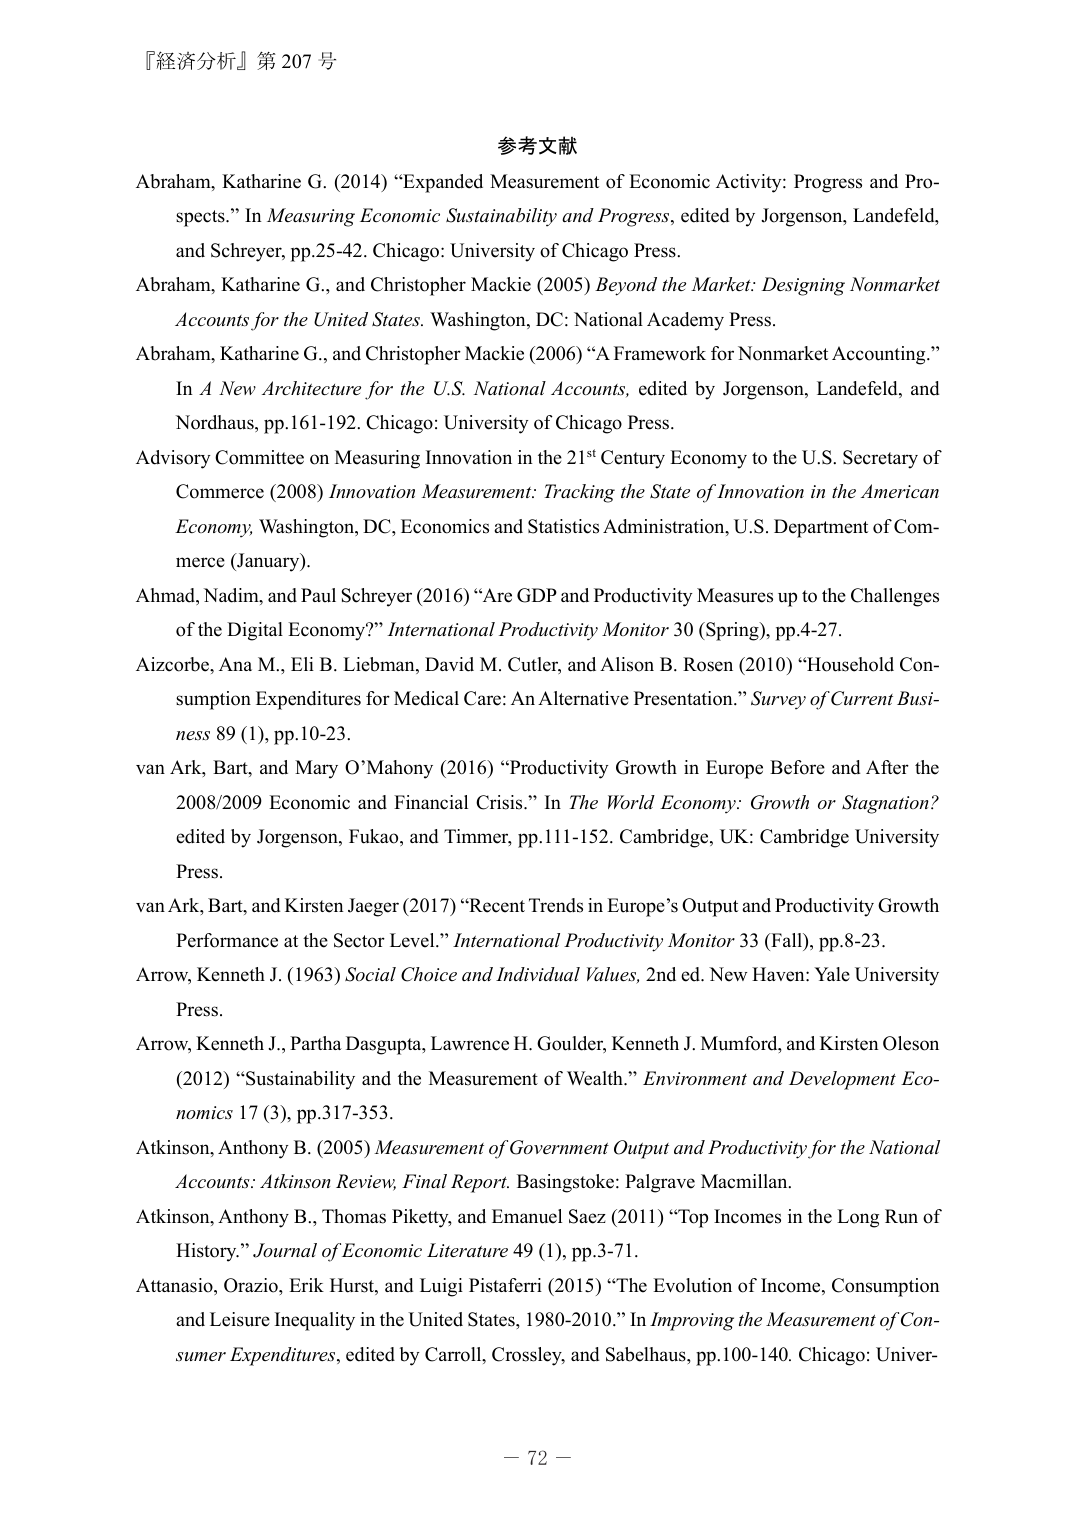
『経済分析』第 207 号

参考文献

Abraham, Katharine G. (2014) “Expanded Measurement of Economic Activity: Progress and Prospects.” In Measuring Economic Sustainability and Progress, edited by Jorgenson, Landefeld, and Schreyer, pp.25-42. Chicago: University of Chicago Press.

Abraham, Katharine G., and Christopher Mackie (2005) Beyond the Market: Designing Nonmarket Accounts for the United States. Washington, DC: National Academy Press.

Abraham, Katharine G., and Christopher Mackie (2006) “A Framework for Nonmarket Accounting.” In A New Architecture for the U.S. National Accounts, edited by Jorgenson, Landefeld, and Nordhaus, pp.161-192. Chicago: University of Chicago Press.

Advisory Committee on Measuring Innovation in the 21st Century Economy to the U.S. Secretary of Commerce (2008) Innovation Measurement: Tracking the State of Innovation in the American Economy, Washington, DC, Economics and Statistics Administration, U.S. Department of Commerce (January).

Ahmad, Nadim, and Paul Schreyer (2016) “Are GDP and Productivity Measures up to the Challenges of the Digital Economy?” International Productivity Monitor 30 (Spring), pp.4-27.

Aizcorbe, Ana M., Eli B. Liebman, David M. Cutler, and Alison B. Rosen (2010) “Household Consumption Expenditures for Medical Care: An Alternative Presentation.” Survey of Current Business 89 (1), pp.10-23.

van Ark, Bart, and Mary O’Mahony (2016) “Productivity Growth in Europe Before and After the 2008/2009 Economic and Financial Crisis.” In The World Economy: Growth or Stagnation? edited by Jorgenson, Fukao, and Timmer, pp.111-152. Cambridge, UK: Cambridge University Press.

van Ark, Bart, and Kirsten Jaeger (2017) “Recent Trends in Europe’s Output and Productivity Growth Performance at the Sector Level.” International Productivity Monitor 33 (Fall), pp.8-23.

Arrow, Kenneth J. (1963) Social Choice and Individual Values, 2nd ed. New Haven: Yale University Press.

Arrow, Kenneth J., Partha Dasgupta, Lawrence H. Goulder, Kenneth J. Mumford, and Kirsten Oleson (2012) “Sustainability and the Measurement of Wealth.” Environment and Development Economics 17 (3), pp.317-353.

Atkinson, Anthony B. (2005) Measurement of Government Output and Productivity for the National Accounts: Atkinson Review, Final Report. Basingstoke: Palgrave Macmillan.

Atkinson, Anthony B., Thomas Piketty, and Emanuel Saez (2011) “Top Incomes in the Long Run of History.” Journal of Economic Literature 49 (1), pp.3-71.

Attanasio, Orazio, Erik Hurst, and Luigi Pistaferri (2015) “The Evolution of Income, Consumption and Leisure Inequality in the United States, 1980-2010.” In Improving the Measurement of Consumer Expenditures, edited by Carroll, Crossley, and Sabelhaus, pp.100-140. Chicago: Univer-

－ 72 －